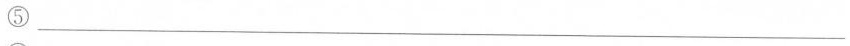
⑤___